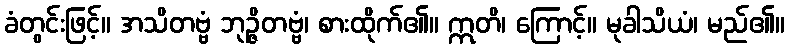
ခံတွင်းဖြင့်။ အသိတဗ္ဗံ ဘုဉ္ဇိတဗ္ဗံ၊ စားထိုက်၏။ ဣတိ၊ ကြောင့်။ မုခါသိယံ၊ မည်၏။